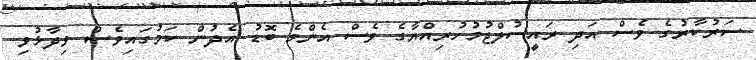
ސަރުކާރުގެ ވެސް އަދި ރައީސުލްޖުމުހުރިއްޔާގެ ވެސް އެންމެ ބޮޑު އެދުން ކަމުގައިވެސް ވިދާޅުވި